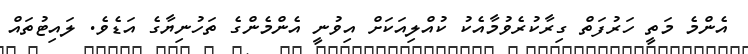
އެންމެ މަތީ ހަރުފަތް ގިރާކުރެވުމާއެކު ކުއްލިއަކަށް އިވުނީ އެންމެންގެ ތަހުނިޔާގެ އަޑެވެ. ލައިޓުތައް